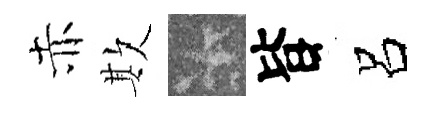
赤欺卡𣅜呂